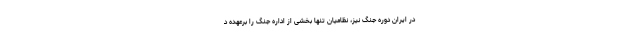
در ایران دوره جنگ نیز، نظامیان تنها بخشی از اداره جنگ را برعهده د